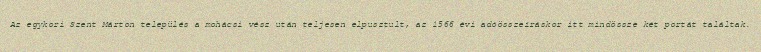
Az egykori Szent Márton település a mohácsi vész után teljesen elpusztult, az 1566 évi adóösszeíráskor itt mindössze két portát találtak.